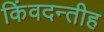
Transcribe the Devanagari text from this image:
किंवदन्तीह